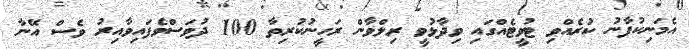
އެމަނިކުފާނު ކުރެއްވި ޓުވީޓެއްގައި ވިދާޅުވީ ރިލްވާން ރަހީނުކުރިތާ 100 ދުވަސްވެފައިވާއިރު ވެސް އޭނާ